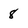
Character: 8